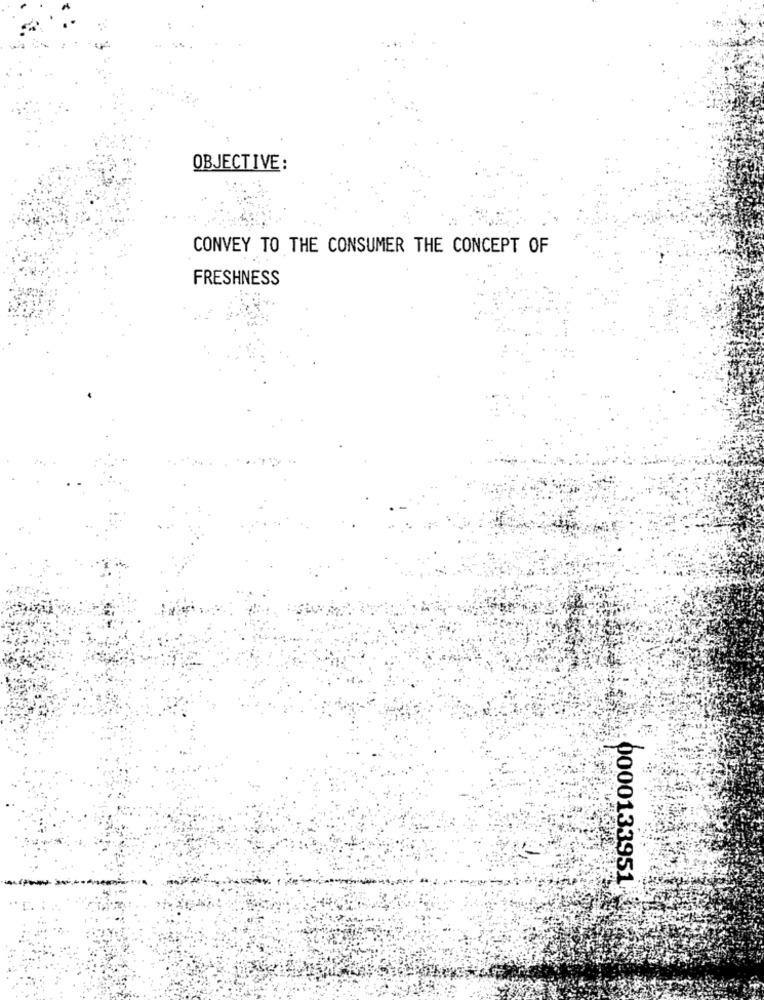
OBJECTIVE:
CONVEY TO THE CONSUMER THE CONCEPT OF
FRESHNESS
0000133951